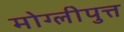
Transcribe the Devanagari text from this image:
मोग्लीपुत्त